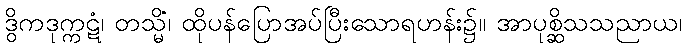
ဒွိကဒုက္ကဋံ၊ တသ္မိံ၊ ထိုပန်ပြောအပ်ပြီးသောရဟန်း၌။ အာပုစ္ဆိသသညာယ၊